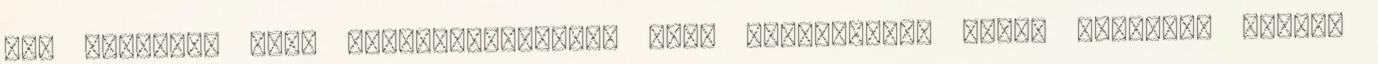
már stúdiónk volt Hajdúszoboszlón. Mára divatszakma lett, anyukák, apukák